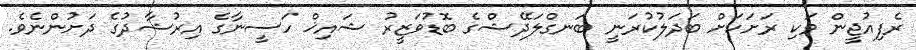
ރެފިއުޖީން ވަކި ރަށަކަށް ބަދަލުކުރަނީ ބަނގްލަދޭޝްގެ ބޮޑުވަޒީރު ޝައިޚް ހަސީނާގެ އިރުޝާދުގެ ދަށުންނެވެ.